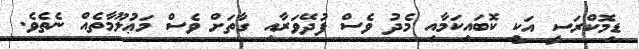
ޑިމޮކްރަސީ އަކީ ކޮބައިކަމާއި މެދު ވެސް ފުދޭވަރާއި ގާތަށް ވެސް މަޢުލޫމާތެއް ނެތެވެ.